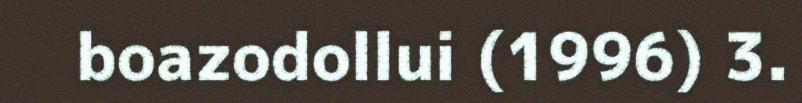
boazodollui (1996) 3.